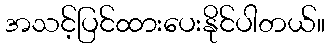
အသင့်ပြင်ထားပေးနိုင်ပါတယ်။